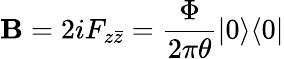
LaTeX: \mathbf{B}=2iF_{z\bar{{z}}}=\frac{{\Phi}}{{2\pi\theta}}|0\rangle\langle0|